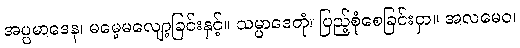
အပ္ပမာဒေန၊ မမေ့မလျော့ခြင်းနှင့်။ သမ္ပာဒေတုံ၊ ပြည့်စုံစေခြင်းငှာ။ အလမေဝ၊